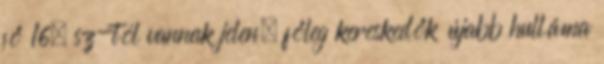
fő 16. sz-tól vannak jelen, főleg kereskedők újabb hulláma